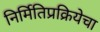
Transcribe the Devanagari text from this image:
निर्मितिप्रक्रियेचा